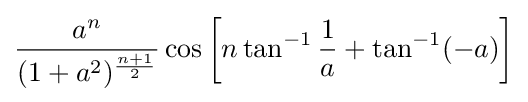
{\frac {a^{n}}{(1+a^{2})^{\frac {n+1}{2}}}}\cos \left[n\tan ^{-1}{\frac {1}{a}}+\tan ^{-1}(-a)\right]